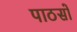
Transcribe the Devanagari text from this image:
पाठसों